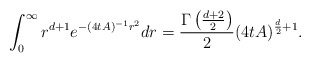
\begin{align*} \int_{0}^{\infty}r^{d+1}e^{-(4tA)^{-1}r^2}dr=\frac{\Gamma\left(\frac{d+2}{2}\right)}{2}(4tA)^{\frac{d}{2}+1}. \end{align*}